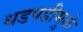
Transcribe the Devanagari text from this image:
धडपडीमुळे